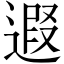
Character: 遐